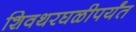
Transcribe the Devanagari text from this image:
शिवथरघळीपर्यंत